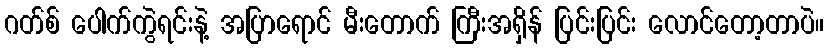
ဂတ်စ် ပေါက်ကွဲရင်းနဲ့ အပြာရောင် မီးတောက် ကြီးအရှိန် ပြင်းပြင်း လောင်တော့တာပဲ။